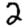
Digit: 2